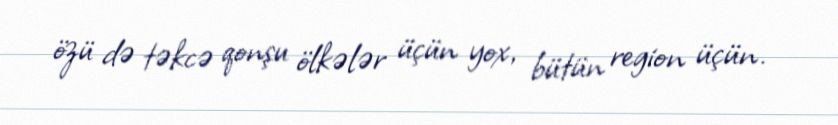
özü də təkcə qonşu ölkələr üçün yox, bütün region üçün.